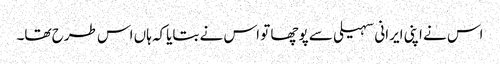
اس نے اپنی ایرانی سہیلی سے پوچھا تو اس نے بتایاکہ ہاں اس طرح تھا۔